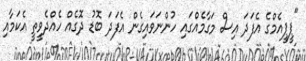
"ޕީޕީއެމްގެ އެފަދަ އިސް މަގާމެއްގައި ހުންނަވައިގެން އެފަދަ ބޮޑު ދޮގެއް ހެއްދެވީތީ އެކަމާއި